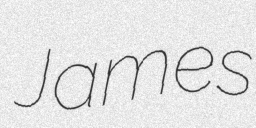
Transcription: James